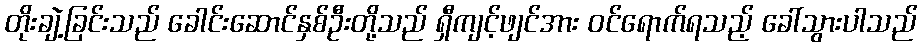
တိုးချဲ့ခြင်းသည် ခေါင်းဆောင်နှစ်ဦးတို့သည် ရှီကျင့်ဖျင်အား ဝင်ရောက်ရသည့် ခေါ်သွားပါသည်